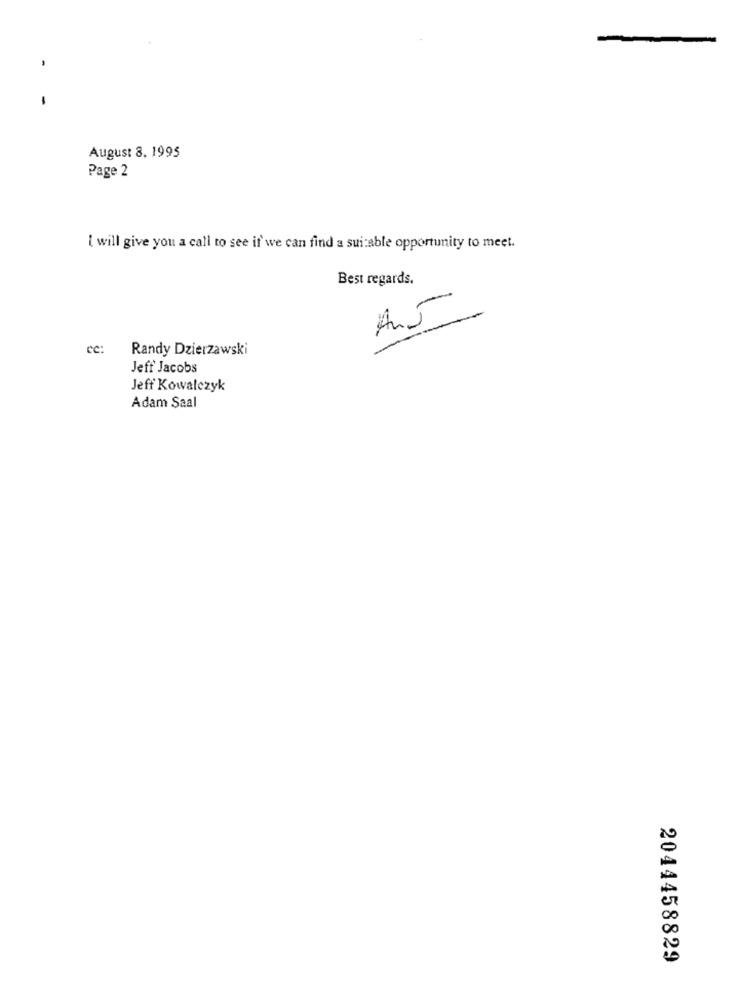
-
August 8. 1995
Page 2
[ will give you a call to see if'we can find a suitable opportunity to meet.
Best regards.
AJ
ec:
Randy Dzierzawski
Jeff Jacobs
Jeff Kowalczyk
Adam Saal
2044458829